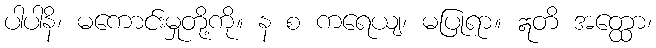
ပါပါနိ၊ မကောင်းမှုတို့ကို။ န စ ကရေယျ၊ မပြုရာ။ ဣတိ အတ္ထော၊